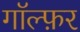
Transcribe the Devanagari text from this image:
गॉल्फ़र